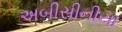
અબીસીનીયા